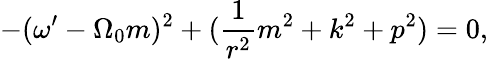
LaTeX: -(\omega^{\prime}-\Omega_{0}m)^{2}+(\frac{1}{r^{2}}m^{2}+k^{2}+p^{2})=0,